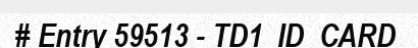
# Entry 59513 - TD1_ID_CARD